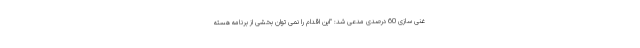
غنی سازی 60 درصدی مدعی شد: "این اقدام را نمی توان بخشی از برنامه هسته